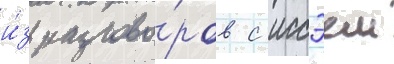
и́з разгово́ров с иссэем